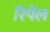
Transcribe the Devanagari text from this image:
रिपेल